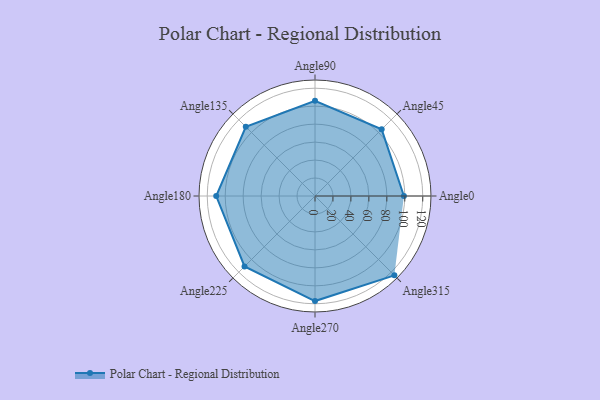
{"axis": {"x": "Angle", "y": "Radius"}, "legend": [""], "data": [{"x": "Angle0", "y": 99.0, "type": ""}, {"x": "Angle45", "y": 105.0, "type": ""}, {"x": "Angle90", "y": 106.0, "type": ""}, {"x": "Angle135", "y": 109.0, "type": ""}, {"x": "Angle180", "y": 110.0, "type": ""}, {"x": "Angle225", "y": 111.0, "type": ""}, {"x": "Angle270", "y": 117.0, "type": ""}, {"x": "Angle315", "y": 125.0, "type": ""}]}